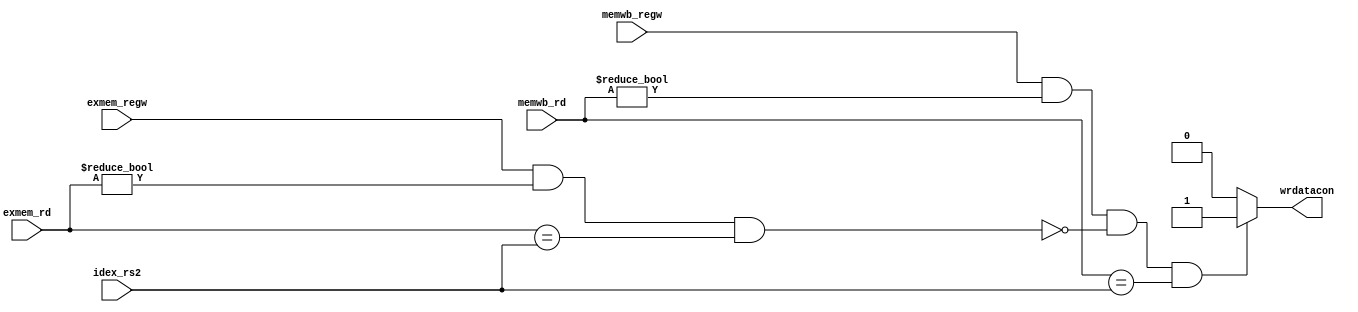
// Forwarding control for mem

  module forconm( exmem_regw, exmem_rd, idex_rs2, memwb_regw, memwb_rd, wrdatacon);

  	input exmem_regw, memwb_regw;
  	input [4:0] exmem_rd, idex_rs2, memwb_rd;
  	output reg wrdatacon;

  		always@(*) begin

  			if(memwb_regw & (memwb_rd != 0) & !(exmem_regw & (exmem_rd != 0)& (exmem_rd == idex_rs2)) & (memwb_rd == idex_rs2))
  				wrdatacon <= 1;

  			else 
  				wrdatacon <= 0;

  		end

  endmodule